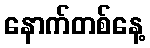
နောက်တစ်နေ့